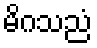
မိဂသညံ